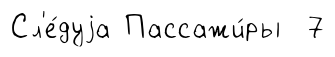
Сл'е́дуjа Пассажи́ры 7